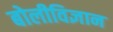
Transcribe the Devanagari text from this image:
बोलीविज्ञान